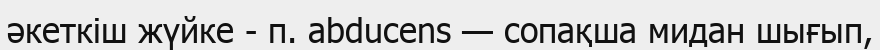
әкеткіш жүйке - п. abducens — сопақша мидан шығып,